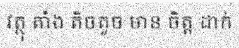
វត្ថុ តាំង តិចតួច មាន ចិត្ត ដាក់